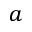
a